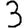
Digit: 3